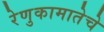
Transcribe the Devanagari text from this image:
रेणुकामातेचे